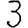
Digit: 3